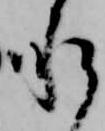
承